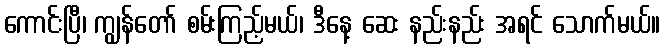
ကောင်းပြီ၊ ကျွန်တော် စမ်းကြည့်မယ်၊ ဒီနေ့ ဆေး နည်းနည်း အရင် သောက်မယ်။